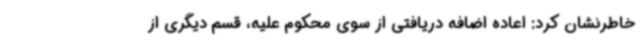
خاطرنشان کرد: اعاده اضافه دریافتی از سوی محکوم علیه، قسم دیگری از